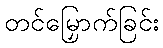
တင်မြှောက်ခြင်း